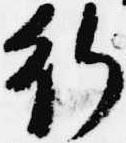
行